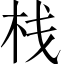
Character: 栈